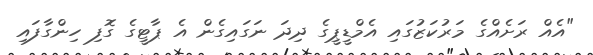
"އެއް ރަށެއްގެ މަރުކަޒުގައި އެމްޑީޕީގެ ދިދަ ނަގައިގެން އެ ޕާޓީގެ ގޮފި ހިންގާފައި